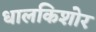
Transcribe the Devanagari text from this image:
धालकिशोर